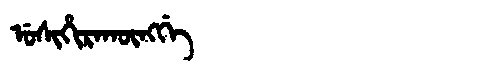
Manchu: ᡠᠰᡳᡥᡳᡵᠠᡴᡡᠩᡤᡝ
Romanization: USIHIRAKŪNGGE